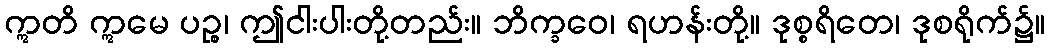
ဣတိ ဣမေ ပဉ္စ၊ ဤငါးပါးတို့တည်း။ ဘိက္ခဝေ၊ ရဟန်းတို့။ ဒုစ္စရိတေ၊ ဒုစရိုက်၌။